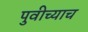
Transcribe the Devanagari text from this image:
पुवीच्याच